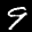
Label: 9